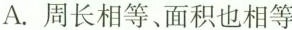
A.周长相等、面积也相等